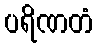
ပရိဏတံ